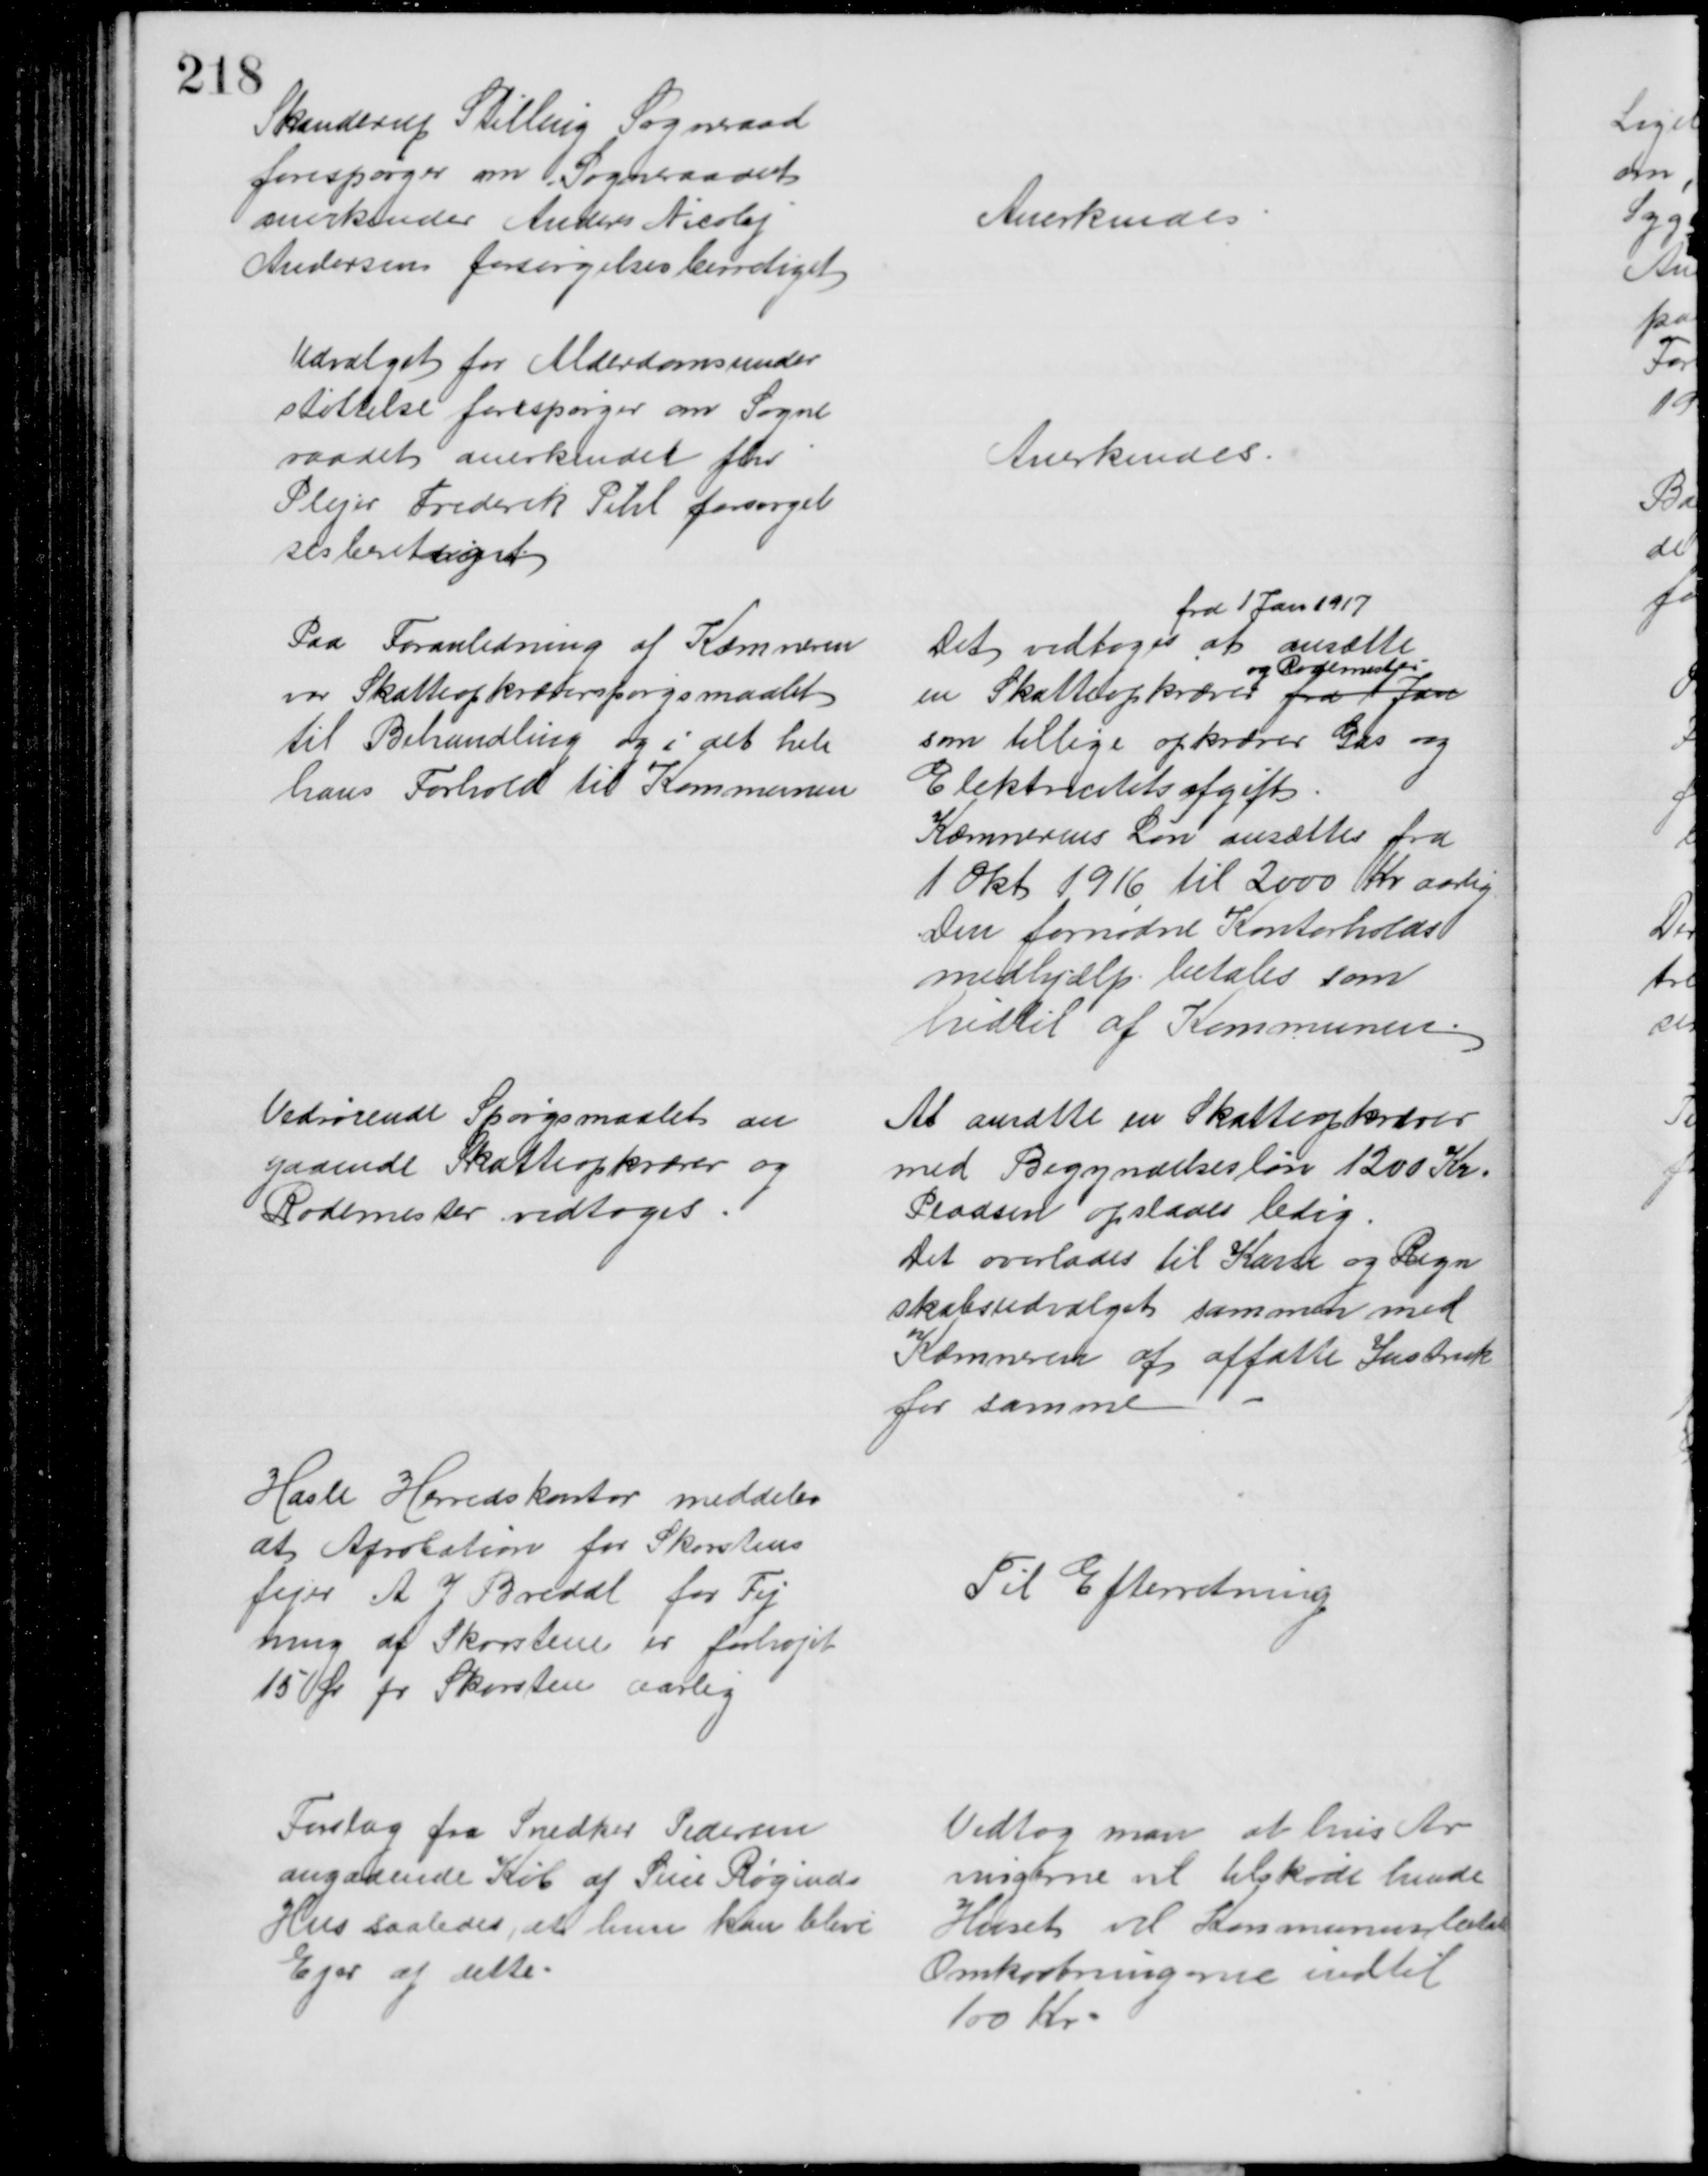
Transskription:
Skanderup Stilling Sogneraad
forespørger om Sogneraadet
anerkender Anders Nicolaj
Andersen forsørgelsesberettiget
Anerkendes
Udvalget for Alderdomsunder
støttelse forespørger om Sogne
raadet anerkender fhv
Plejer Frederik Pihl forsørgel
sesberettiget
Anerkendes.
Paa Foranledning af Kæmneren
var Skatteopkræverspørgsmaalet
til Behandling og i det hele
hans Forhold til Kommunen
Det vedtoges at ansætte
fra 1 Jan 1917
en Skatteopkræver fra 1 Jan
og Rodemester
som tillige opkræver Gas og
Elektricitetsafgift
Kæmnerens Løn ansættes fra
1 Okt. 1916 til 2000 Kr aarlig
Den fornødne Kontorholds
medhjælp betales som
hidtil af Kommunen
Vedrørende Spørgsmaalet an
gaaende Skatteopkræver og 
Rodemester vedtoges
At ansætte en Skatteopkræver
med Begyndelsesløn 1200 Kr.
Pladsen opslaaes ledig
Det overlades til Kasse og Regn
skabsudvalget sammen med
Kæmneren at affatte Instruk
for samme
Hasle Herredskontor meddeler
at Aprobation for Skorstens
fejer A J Bredal for Fej
ning af Skorstene er forhøjet
15 Øre pr Skorsten aarlig
Til Efterretning
Forslag fra Snedker Pedersen
angaaende Køb af Sine Røginds
Hus saaledes, at hun kan blive
Ejer af dette.
Vedtog man at hvis Ar
vingerne vil tilskøde hende 
Huset vil Kommunen betale
Omkostningerne indtil 
100 Kr